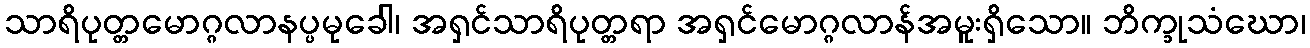
သာရိပုတ္တမောဂ္ဂလာနပ္ပမုခေါ၊ အရှင်သာရိပုတ္တရာ အရှင်မောဂ္ဂလာန်အမူးရှိသော။ ဘိက္ခုသံဃော၊